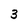
Character: 3